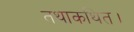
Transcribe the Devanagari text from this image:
तथाकथित।